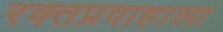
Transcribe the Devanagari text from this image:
रक्तप्रवाहाला